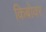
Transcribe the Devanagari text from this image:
किबोवर